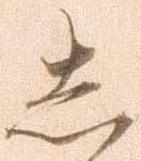
し